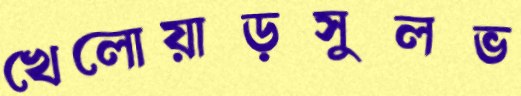
খেলোয়াড়সুলভ